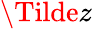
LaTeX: \Tilde{z}